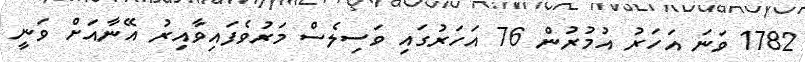
1782 ވަނަ އަހަރު އުމުރުން 76 އަހަރުގައި ވަސިލެސް މަރުވެފައިވާއިރު އޭނާއަށް ވަނީ